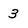
Character: 3